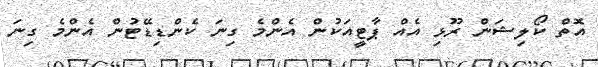
އޮތް ކޯލިޝަން ރޫޅި އެއް ޕާޓީއަކުން އެންމެ ގިނަ ކެންޑިޑޭޓުން އެންމެ ގިނަ